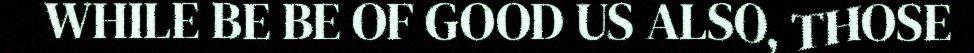
WHILE BE BE OF GOOD US ALSO, THOSE